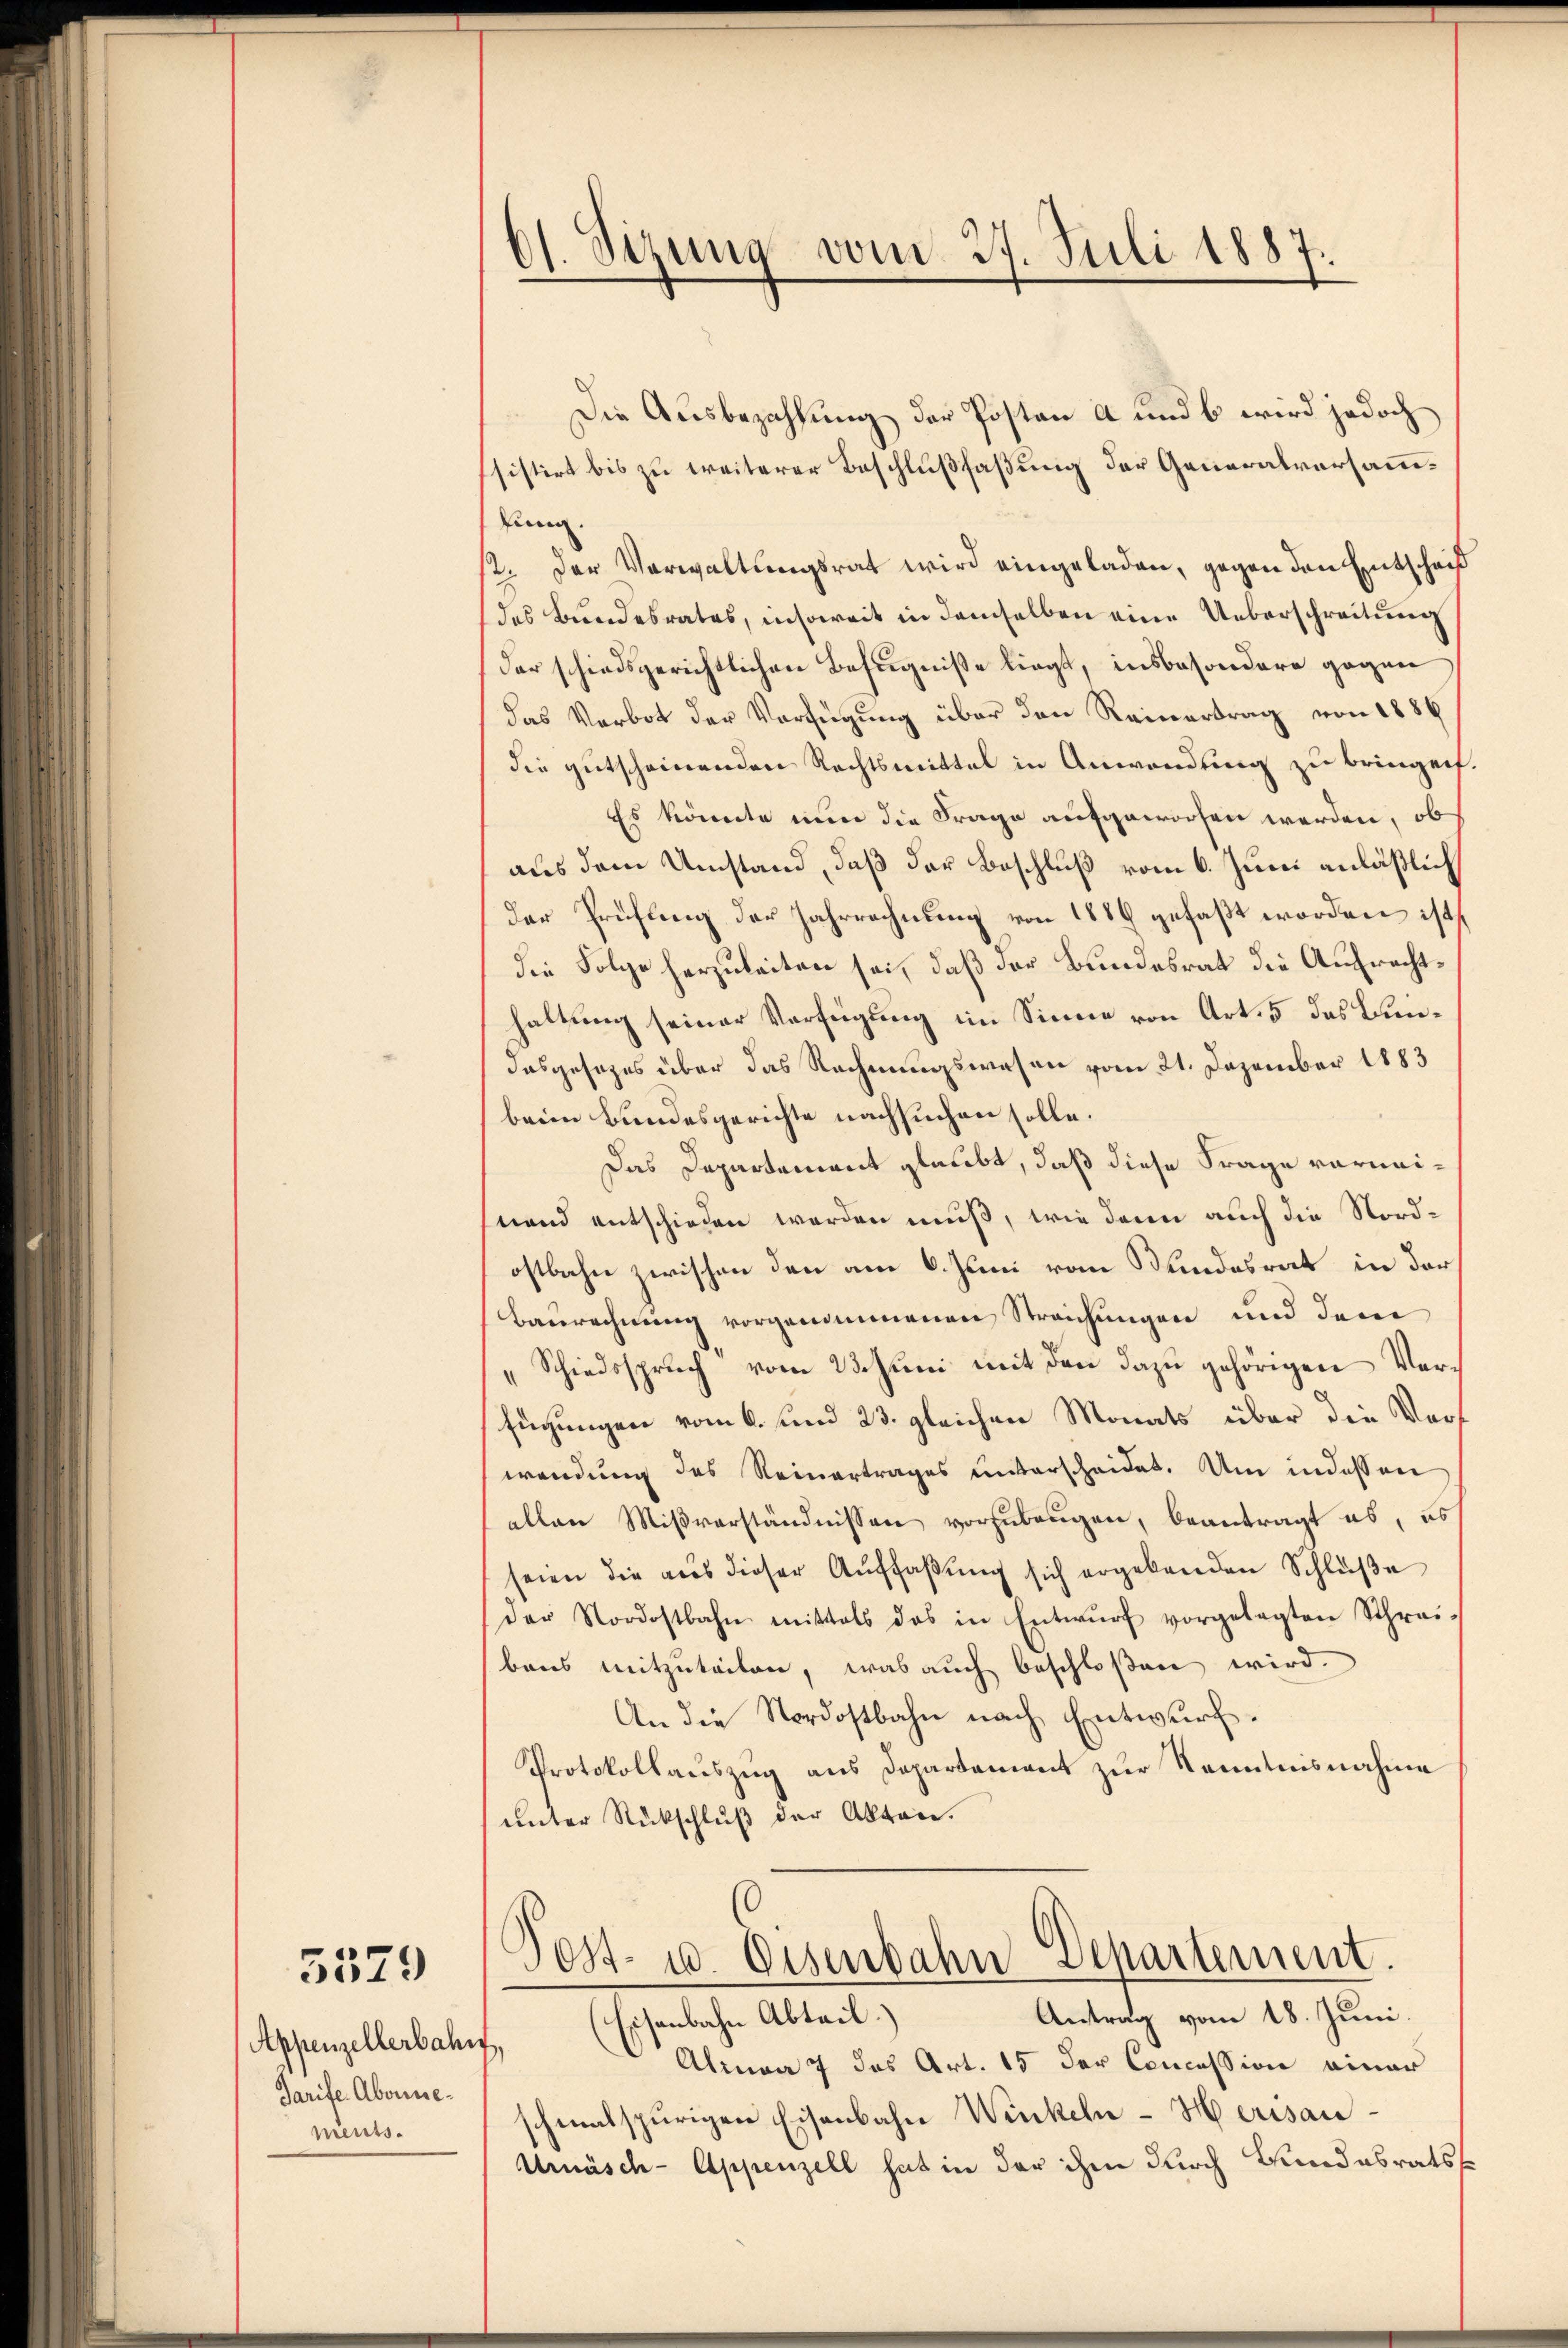
5529

Appenzellerbahn
Tarife Abonnements.

dt. Sizung vom 27. Juli 1887.
5

Die Ausbezahlung der Posten a und b wird jedoch
sistirt bis zu weiterer Beschlußfaßung der Generalversamm¬
Pung.
2. Der Verwaltungsrat wird eingeladen, gegen den Entschniß
des Bundesrates, insoweit in demselben eine Ueberschreitung
der schiedsgerichtlichen Befugniße liegt, insbesondere gegen
das Verbot der Verfügung über den Reinertrag von 1886
die gutscheinenden Rechtsmittel in Anwendung zu bringen.
Es könnte nun die Frage aufgeworfen werden, ob
aus dem Umstand, daß der Beschluß vom 6. Juni anläßlich
der Prüfung der Jahrrechnung von 1889 gefaßt worden ist,
die Folge herzuleiten sei, daß der Bundesrat die Aufrechthaltung seiner Verfügung im Sinne von Art. 5 das Bundasgesetzes über das Rechnungswesen vom 21. Dezember 1883
beim Bundesgerichte nachsuchen solle.
Das Departement glaubt, daß diese Frage vermeinand entschieden werden muß, wie dann auch die Nordostbahn zwischen den am 6. Juni vom Kundesrat in der
Baurechnung vorgenommenen Streichungen und dem
„Schiedsspruch vom 23. Juni mit den dazu gehörigen Vorfügungen vom 6. und 23. gleichen Monats über die Vorwendung des Reinertrages ŭnterscheidet. Um indessen
allen Mißverständnissen vorzubeugen, beantragt es, es
seien die aus dieser Auffaßung sich ergebenden Schlüße
der Nordostbahn mittels das in Entwŭrf vorgelegten Schrei-
bens mitzuteilen, was auch beschloßen wird.
An die Nordostbahn nach Entwurf.
Protokollauszug aus Departement zur Kenntnisnahme
unter Rückschluß der Akten.
Post- u. Osenbahn Departement.
Antrag vom 18. Juni.
Eisenbahn Abteil.)
t
Alma 7 das Art. 15 der Concession einer
schmalspurigen Eisenbahn Winkeln-Herisan¬
Umäsch - Appenzell hat in der ihm durch Bundesrats